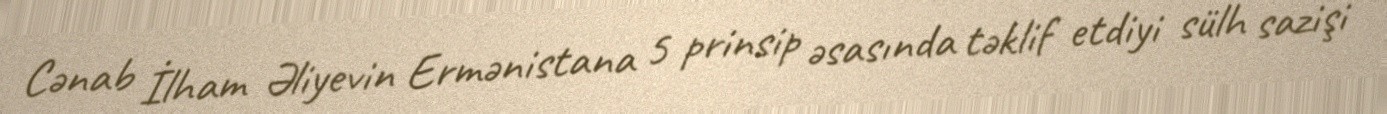
Cənab İlham Əliyevin Ermənistana 5 prinsip əsasında təklif etdiyi sülh sazişi